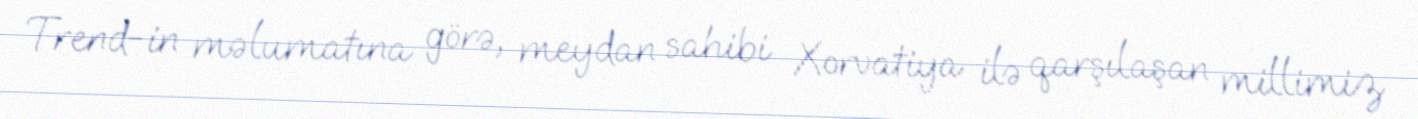
Trend-in məlumatına görə, meydan sahibi Xorvatiya ilə qarşılaşan millimiz